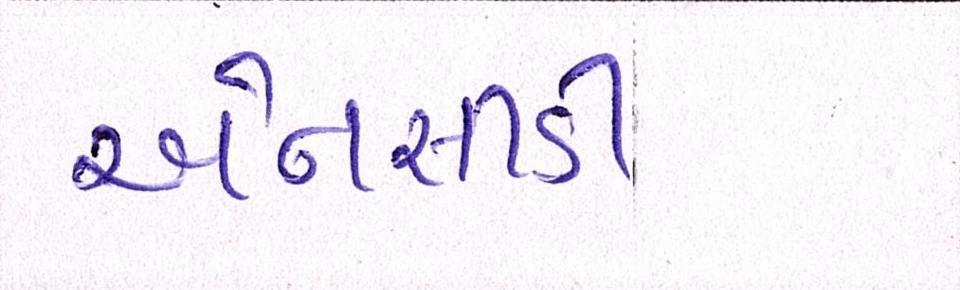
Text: એનસીડી